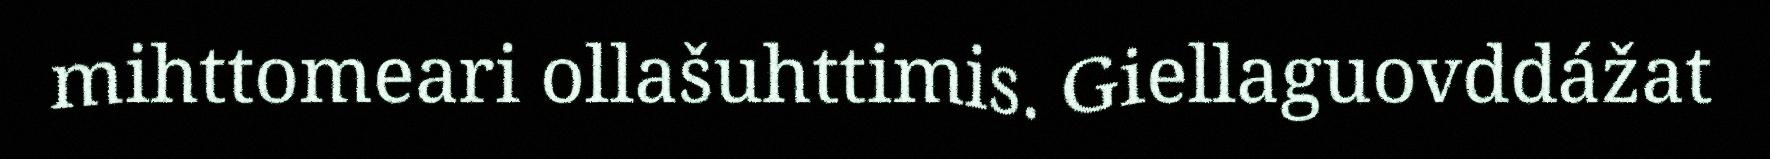
mihttomeari ollašuhttimis. Giellaguovddážat